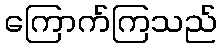
ကြောက်ကြသည်